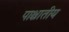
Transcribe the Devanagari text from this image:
पाश्चातीय